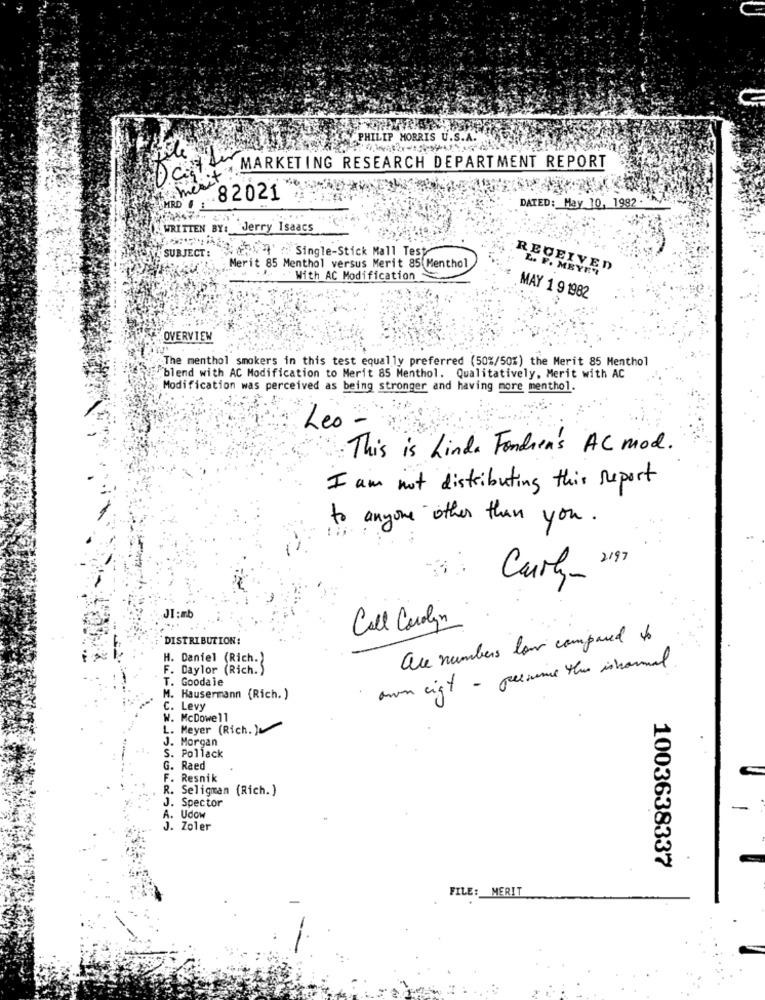
PHILIP MORRIS U.S.A.
MARKETING RESEARCH DEPARTMENT REPORT
Bail
82021
HRD
DATED: May 10, 1982 .
WRITTEN BY: Jerry Isaacs
SUBJECT :
$1" Single-Stick Mall Tesy
Merit 85 Menthol versus Merit 85 Menthol
RECEIVED
L. F. MEYET
With AC Modification
MAY 1 9 1982
OVERVIEW
The menthol smokers in this test equally preferred (50%/50%) the Merit 85 Menthol
.blend with AC Modification to Merit 85 Menthol. Qualitatively, Merit with AC
Modification was perceived as being stronger and having more menthol.
Leo
This is Linda Fondens AC mod.
I am not distributing this Report
to anyone other than you.
JI:mb
Call Carolyn
DISTRIBUTION:
are numbers low compared to
H. Daniel (Rich.)
F. Daylor (Rich. )
own right - preesince the isnormal.
T. Goodaie
M. Hausermann (Rich. )
C. Levy
W. McDowell
L. Meyer (Rich. )
J. Morgan
S. Pollack
G. Raed
F.
Resnik
R. Seligman (Rich. )
J. Spector
-
A. Udow
J. Zoler
1003638337
FILE: MERIT